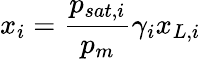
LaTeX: x_{i}=\frac{p_{sat,i}}{p_{m}}\gamma_{i}x_{L,i}